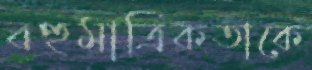
বহুমাত্রিকতাকে